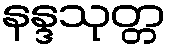
နန္ဒသုတ္တ